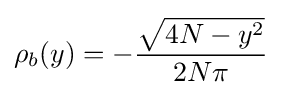
\rho _{b}(y)=-{\frac {\sqrt {4N-y^{2}}}{2N\pi }}